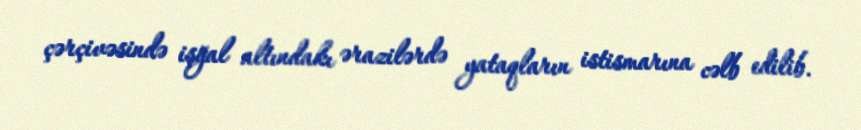
çərçivəsində işğal altındakı ərazilərdə yataqların istismarına cəlb edilib.